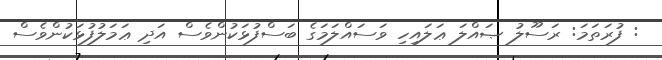
: ފުރަތަމަ: ރަސޫލު ޞައްލަ ޢަލައިހި ވަސައްލަމަގެ ބަސްފުޅަކުންވެސް އަދި ޢަމަލުފުޅަކުންވެސް